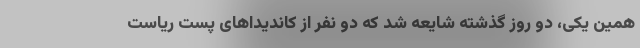
همین یکی، دو روز گذشته شایعه شد که دو نفر از کاندیداهای پست ریاست